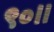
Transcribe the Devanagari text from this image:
९०।।